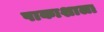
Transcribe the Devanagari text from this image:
पाकाशाला